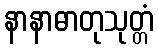
နာနာဓာတုသုတ္တံ